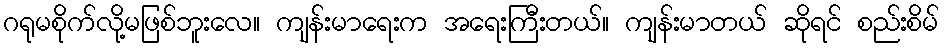
ဂရုမစိုက်လို့မဖြစ်ဘူးလေ။ ကျန်းမာရေးက အရေးကြီးတယ်။ ကျန်းမာတယ် ဆိုရင် စည်းစိမ်